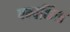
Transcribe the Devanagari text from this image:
पम्पकिंस